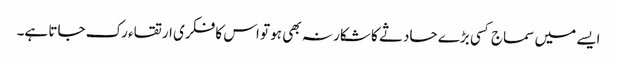
ایسے میں سماج کسی بڑے حادثے کا شکار نہ بھی ہو تو اس کا فکری ارتقاء رک جاتا ہے۔